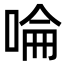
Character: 㖮